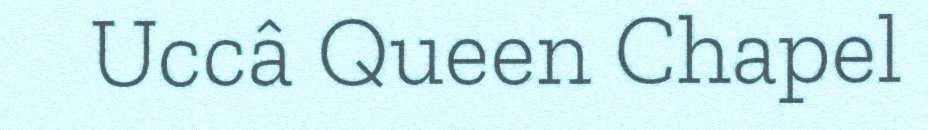
Uccâ Queen Chapel